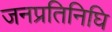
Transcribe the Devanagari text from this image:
जनप्रतिनिघि